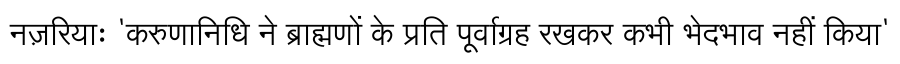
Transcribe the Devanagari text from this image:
नज़रियाः 'करुणानिधि ने ब्राह्मणों के प्रति पूर्वाग्रह रखकर कभी भेदभाव नहीं किया'